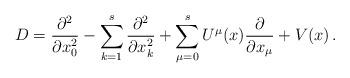
LaTeX: \begin{align*}D=\frac{\partial^2}{\partial x_0^2}-\sum_{k=1}^s\frac{\partial^2}{\partial x_k^2}+\sum_{\mu=0}^s U^\mu(x)\frac{\partial}{\partial x_\mu}+V(x)\,.\end{align*}